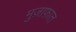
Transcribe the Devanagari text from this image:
मुज़ाफ़ात